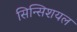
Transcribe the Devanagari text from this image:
सिन्सिशयल